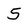
Character: 5